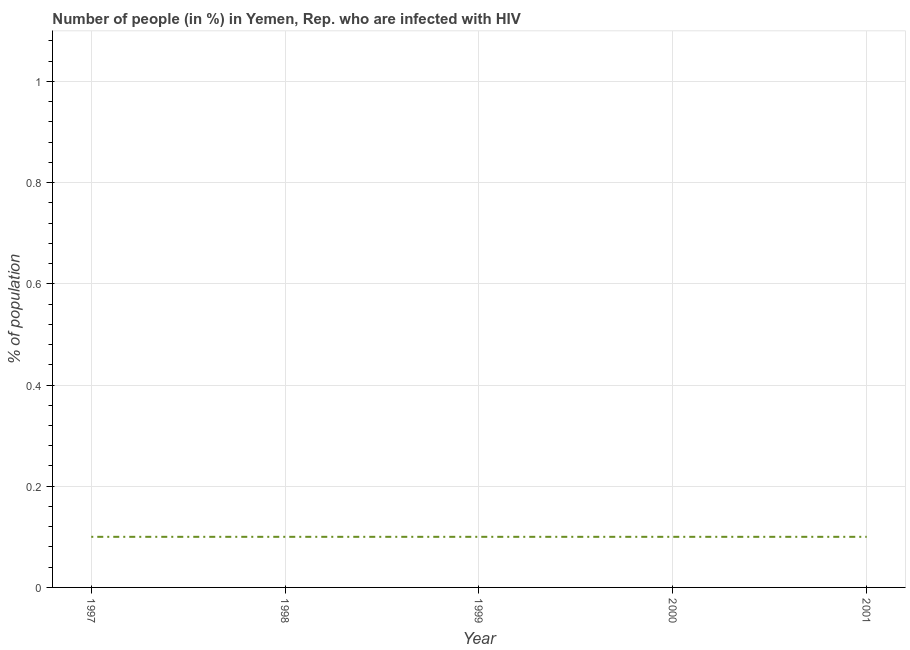
| Year | Infected with HIV |
 | --- | --- |
 | 1997 | 0.1 |
 | 1998 | 0.1 |
 | 1999 | 0.1 |
 | 2000 | 0.1 |
 | 2001 | 0.1 |